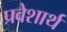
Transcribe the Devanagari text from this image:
प्रवेशार्थ